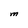
Character: M